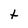
Character: t